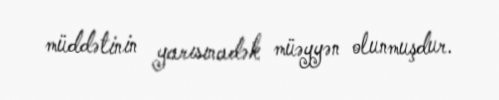
müddətinin yarısınadək müəyyən olunmuşdur.